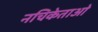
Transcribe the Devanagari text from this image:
नचिकेताओ